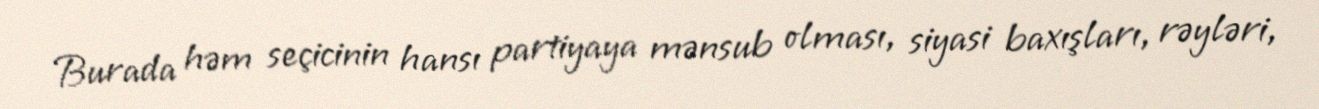
Burada həm seçicinin hansı partiyaya mənsub olması, siyasi baxışları, rəyləri,